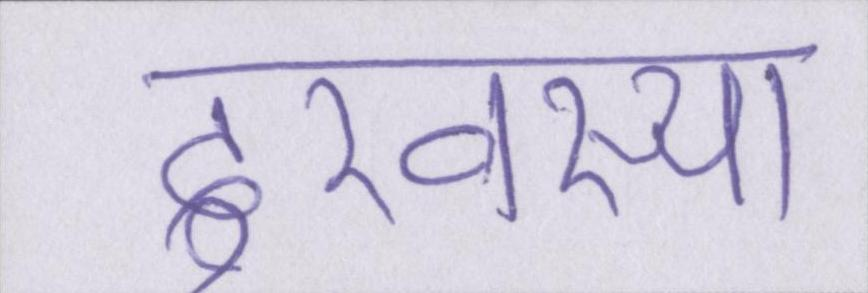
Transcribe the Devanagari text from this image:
दुरवस्था